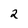
Character: 2